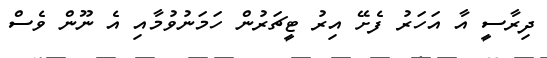
ދިރާސީ އާ އަހަރު ފެށޭ އިރު ޓީޗަރުން ހަމަނުވުމާއި އެ ނޫން ވެސް